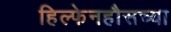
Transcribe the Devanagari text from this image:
हिल्फेनहौसच्या